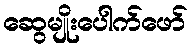
ဆွေမျိုးပေါက်ဖော်